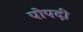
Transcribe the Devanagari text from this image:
पोपदी